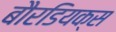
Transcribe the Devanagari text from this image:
बौरडियक्स